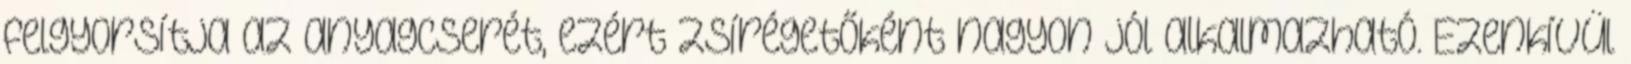
felgyorsítja az anyagcserét, ezért zsírégetőként nagyon jól alkalmazható. Ezenkívül